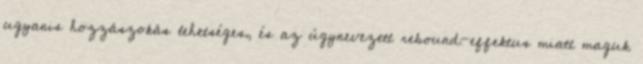
ugyanis hozzászokás lehetséges, és az úgynevezett rebound-effektus miatt maguk